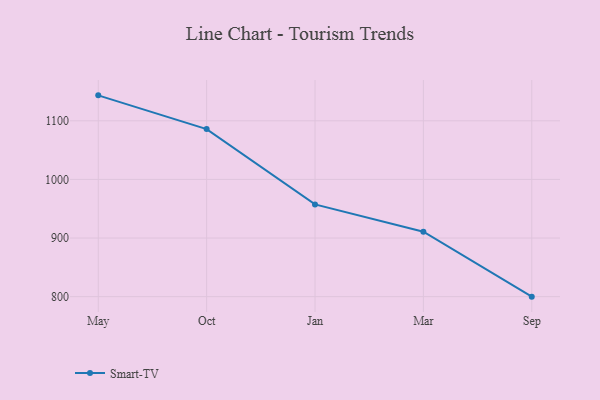
{"axis": {"x": "Month", "y": "Customer Acquisition Cost (USD)"}, "legend": ["Smart-TV"], "data": [{"x": "May", "y": 1143.4, "type": "Smart-TV"}, {"x": "Oct", "y": 1085.9, "type": "Smart-TV"}, {"x": "Jan", "y": 957.3, "type": "Smart-TV"}, {"x": "Mar", "y": 910.8, "type": "Smart-TV"}, {"x": "Sep", "y": 800, "type": "Smart-TV"}]}